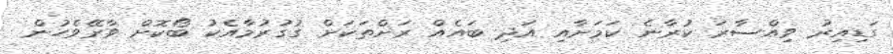
ގަޑިއިރު ވިއްސާރަ ކުރާނެ ކަމަށާއި އަދި ބައެއް ރަށްތަކަށް ގުގުރުމާއެކު ބޯކޮށް ވާރޭވެހުން